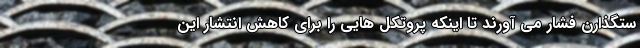
ستگذارن فشار می آورند تا اینکه پروتکل هایی را برای کاهش انتشار این